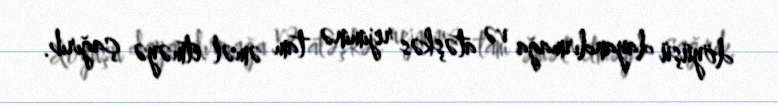
döyüşü dayandırmağa və atəşkəs rejiminə tam əməl etməyə çağırıb.